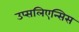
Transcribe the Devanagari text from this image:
उप्सलिएन्सिस